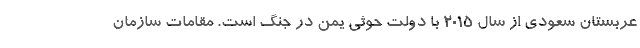
عربستان سعودی از سال 2015 با دولت حوثی یمن در جنگ است. مقامات سازمان